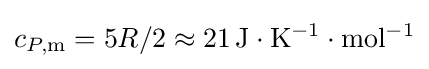
c_{P,\mathrm {m} }=5R/2\approx \mathrm {21\,J\cdot K^{-1}\cdot mol^{-1}}